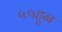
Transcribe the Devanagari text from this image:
५५हून